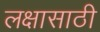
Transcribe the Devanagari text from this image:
लक्षासाठी